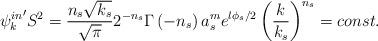
LaTeX: \begin{align*}{{\psi}_k^{in}}' S^2=\frac{n_s\sqrt{k_s}}{\sqrt{\pi }}2^{-n_s}\Gamma \left(-n_s\right) a_s^me^{l\phi _s/2}\left( \frac k{k_s}\right) ^{n_s}=const.\end{align*}